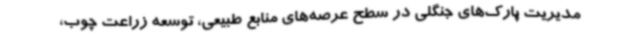
مدیریت پارک‌های جنگلی در سطح عرصه‌های منابع طبیعی، توسعه زراعت چوب،